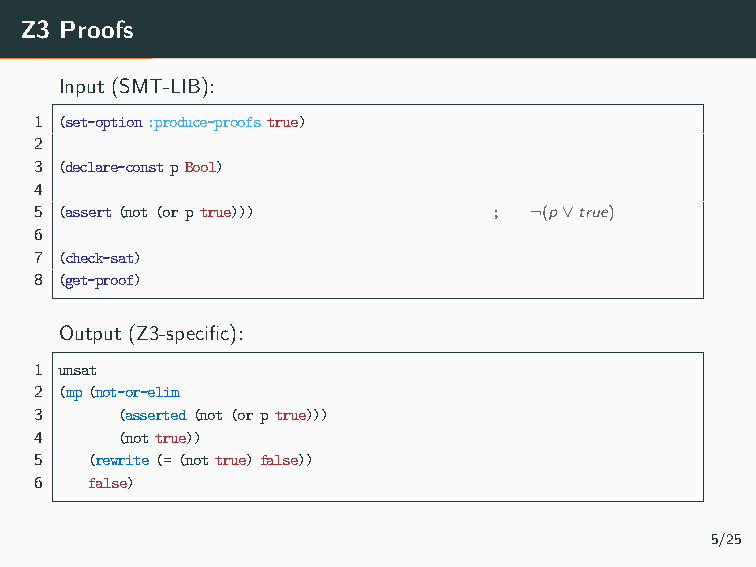
Z3 Proofs
 Input (SMT-LIB):
 1 (set-option:produce-proofstrue)
 2
 3 (declare-constpBool)
 4
 5 (assert(not(orptrue)))       ; ¬(p∨true)
 6
 7 (check-sat)
 8 (get-proof)
 Output (Z3-specific):
 1 unsat
 2 (mp(not-or-elim
 3     (asserted(not(orptrue)))
 4     (nottrue))
 5   (rewrite(=(nottrue)false))
 6   false)
 5/25